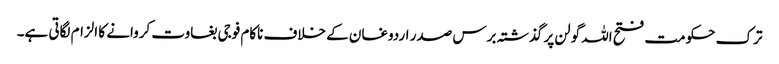
ترک حکومت فتح اللہ گولن پر گذشتہ برس صدر اردوغان کے خلاف ناکام فوجی بغاوت کروانے کا الزام لگاتی ہے۔